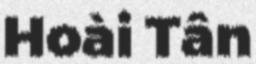
Hoài Tân